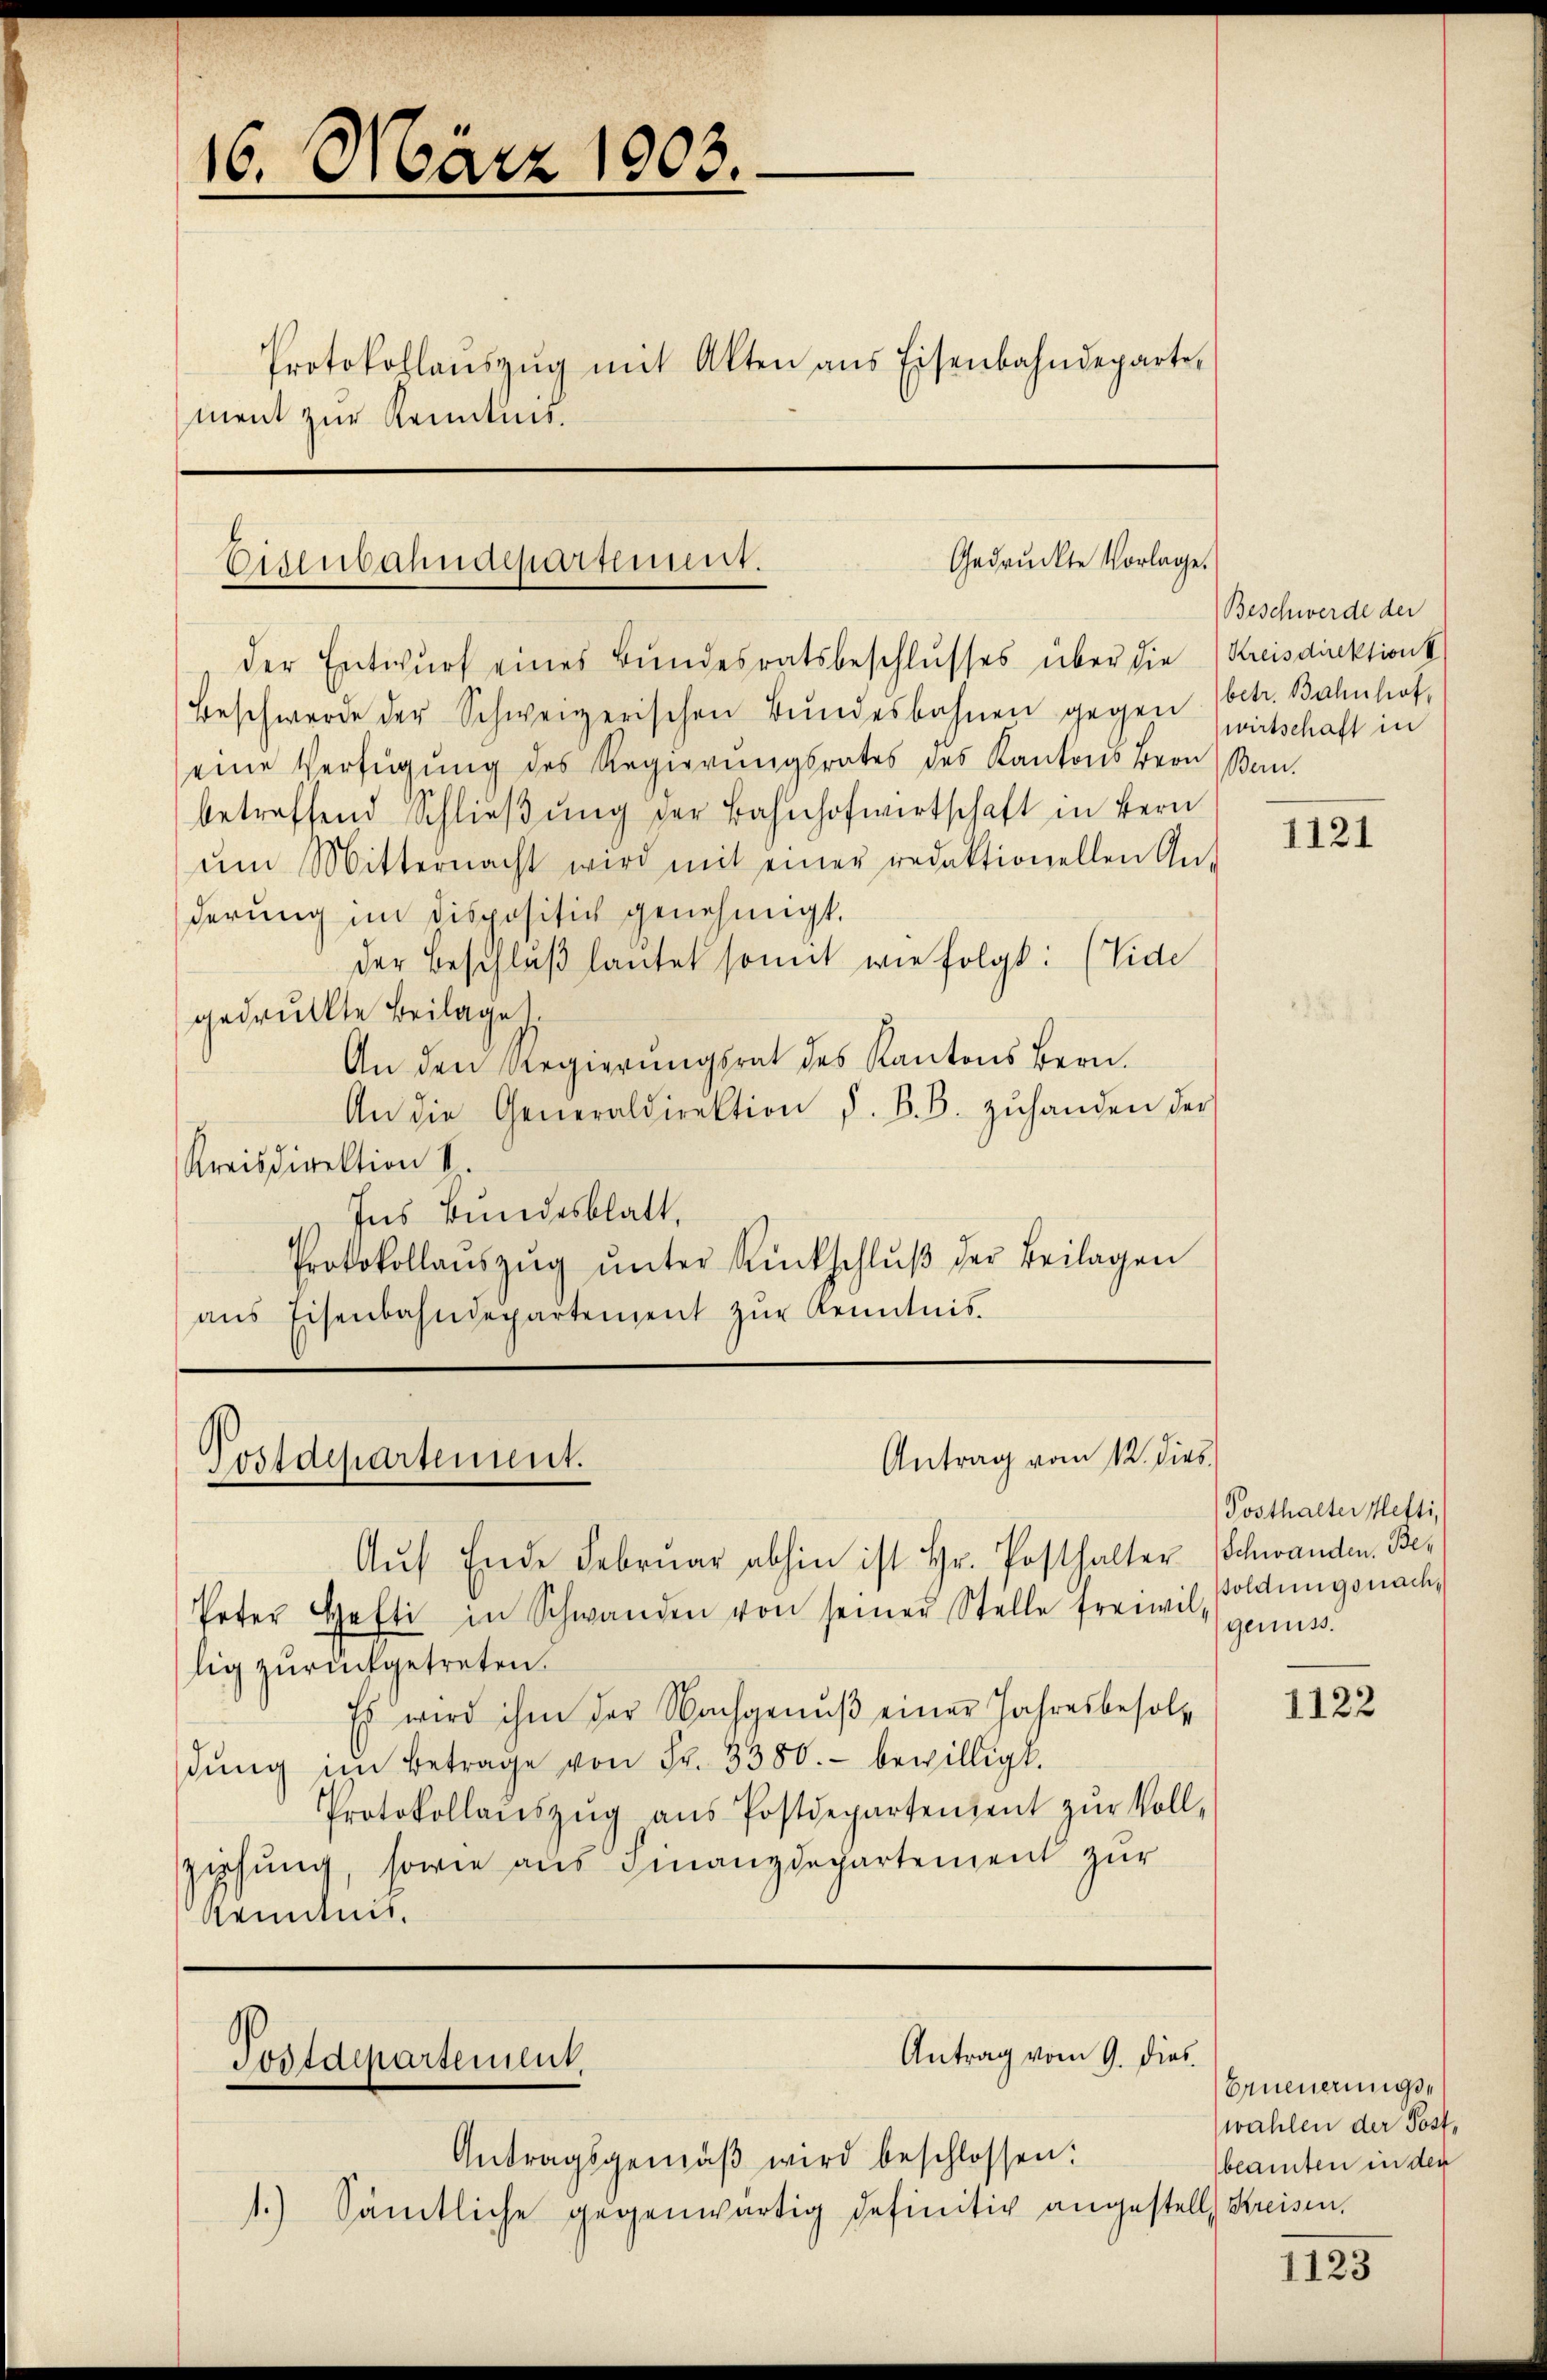
16. März 1903.

Protokolaŭszŭg mit Akten ans Eisenbahndeparte,
ment zur Kenntnis.

Gedruckte Vorlage.
Eisenbahndepartement.

Postdepartement.

Postdepartement

der Entwurf eines Bundesratsbeschlusses über die
Beschwerde der Schweizerischen Bŭndesbahnen gegen (betr. Bahnhof,
eine Verfügung des Regierungsrates des Kantons Bern Ban
betreffend Schlieβŭng der Bahnhofwirtschaft in Bern
ŭm Mitternacht wird mit einer redaktionellen An-
derung im dispositich genehmigt.
der Beschlŭβ lautet somit wie folgt: (Vide
gedruckte Beilage
An den Regierungsrat des Kantons Bern.
An die Generaldirektion d. B. B. zŭhanden der
Kreisdirektion II.
Ins Bundesblatt,
Protokollaŭszŭg ŭnter Rückschlŭβ der Beilagen
ans Eisenbahndepartement zŭr Kenntnis.

Antrag vom 12. dies

Aŭf Ende Febrŭar abhin ist Hr. Posthalter Schwanden. Be¬
Peter Hefti in Schwanden von seiner Stelle freiwil genuss.
lig zurückgetreten.
Es wird ihm der Nachgenŭβ einer Jahresbesoldŭng im Betrage von Fr. 3380.- bewilligt.
Protokollaŭszŭg aŭs Postdepartentent zŭr Voll-
ziehung, sowie aus Finanzdepartement zur
Kenntnis.

Antrag vom 9. dies

Antragsgemäβ wird beschlossen:
1.) Sämtliche gegenwärtig definitiv angestell Kreisen,

Beschwerde der
Kreisdirektions
wirtschaft in

1121

Posthalter Hefti,
soldungsnach¬

1122

Erneuerungswahlen der Post,
beamten in den

1123